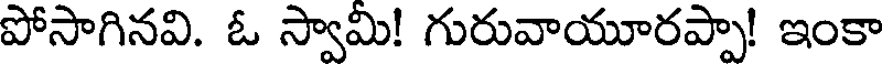
పోసాగినవి. ఓ స్వామి! గురువాయూరప్పా! ఇంకా